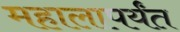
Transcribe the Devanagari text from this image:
महालापर्यंत